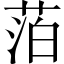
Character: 萡